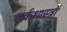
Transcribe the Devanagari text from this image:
तर्कशास्त्रों